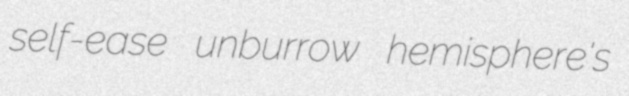
self-ease unburrow hemisphere's